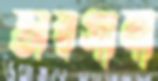
অরগানা